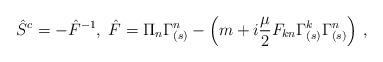
LaTeX: \begin{align*}\hat{S}^c=-\hat{F}^{-1},\;\hat{F}=\Pi_n\Gamma_{(s)}^n-\left(m+i\frac{\mu}{2}F_{kn}\Gamma_{(s)} ^k\Gamma_{(s)} ^n \right)\,,\end{align*}